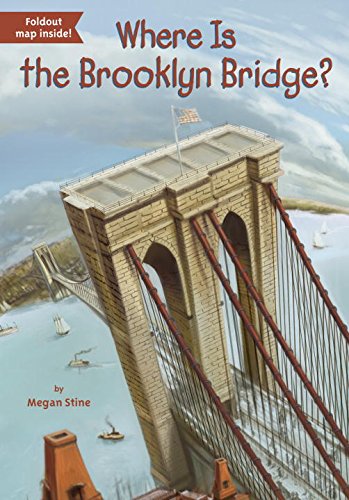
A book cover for Where Is the Brooklyn Bridge?; Megan Stine; Children's Books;